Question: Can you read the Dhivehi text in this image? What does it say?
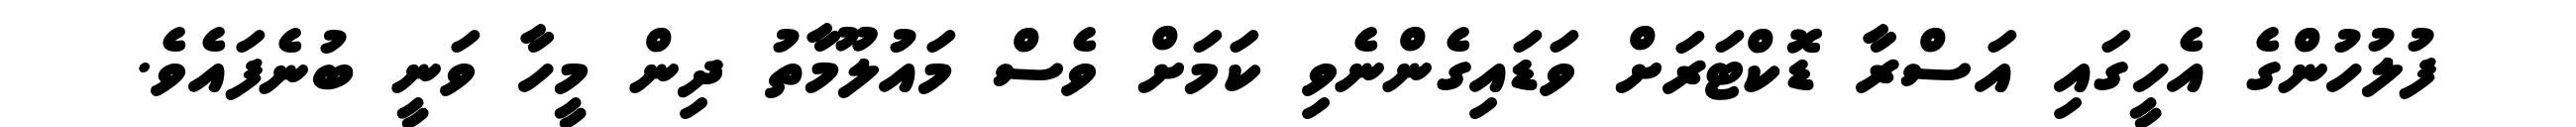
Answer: ފުލުހުންގެ އެހީގައި އަސްރާ ޑޮކްޓަރަށް ވަޑައިގެންނެވި ކަމަށް ވެސް މައުލޫމާތު ދިން މީހާ ވަނީ ބުނެފައެވެ.